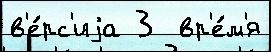
в'е́рс'иjа 3  вр'е́м'я